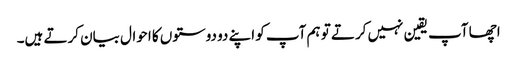
اچھا آپ یقین نہیں کرتے تو ہم آپ کو اپنے دو دوستوں کا احوال بیان کرتے ہیں۔